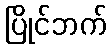
ပြိုင်ဘက်